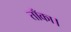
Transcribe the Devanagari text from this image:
ताँका।